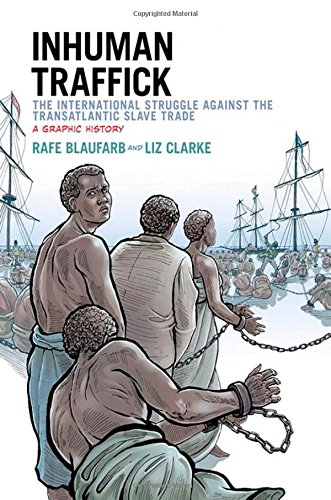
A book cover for Inhuman Traffick: The International Struggle against the Transatlantic Slave Trade: A Graphic History; Rafe Blaufarb; Comics & Graphic Novels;